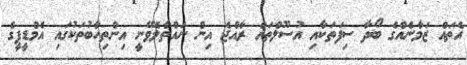
އެތައް ޒަމާނެއްގެ ބޯދާ ސިފަތަކާއި އުސޫލްތައް ރާއްޖެ އިން ނައްތާލެވޭނީ އިންތިހާބުތަކުގައި އެމްޑީޕީގެ